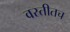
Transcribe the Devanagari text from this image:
वस्तीतच